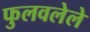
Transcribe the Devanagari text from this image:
फुलवलेले